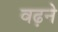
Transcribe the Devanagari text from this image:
वढ़ने